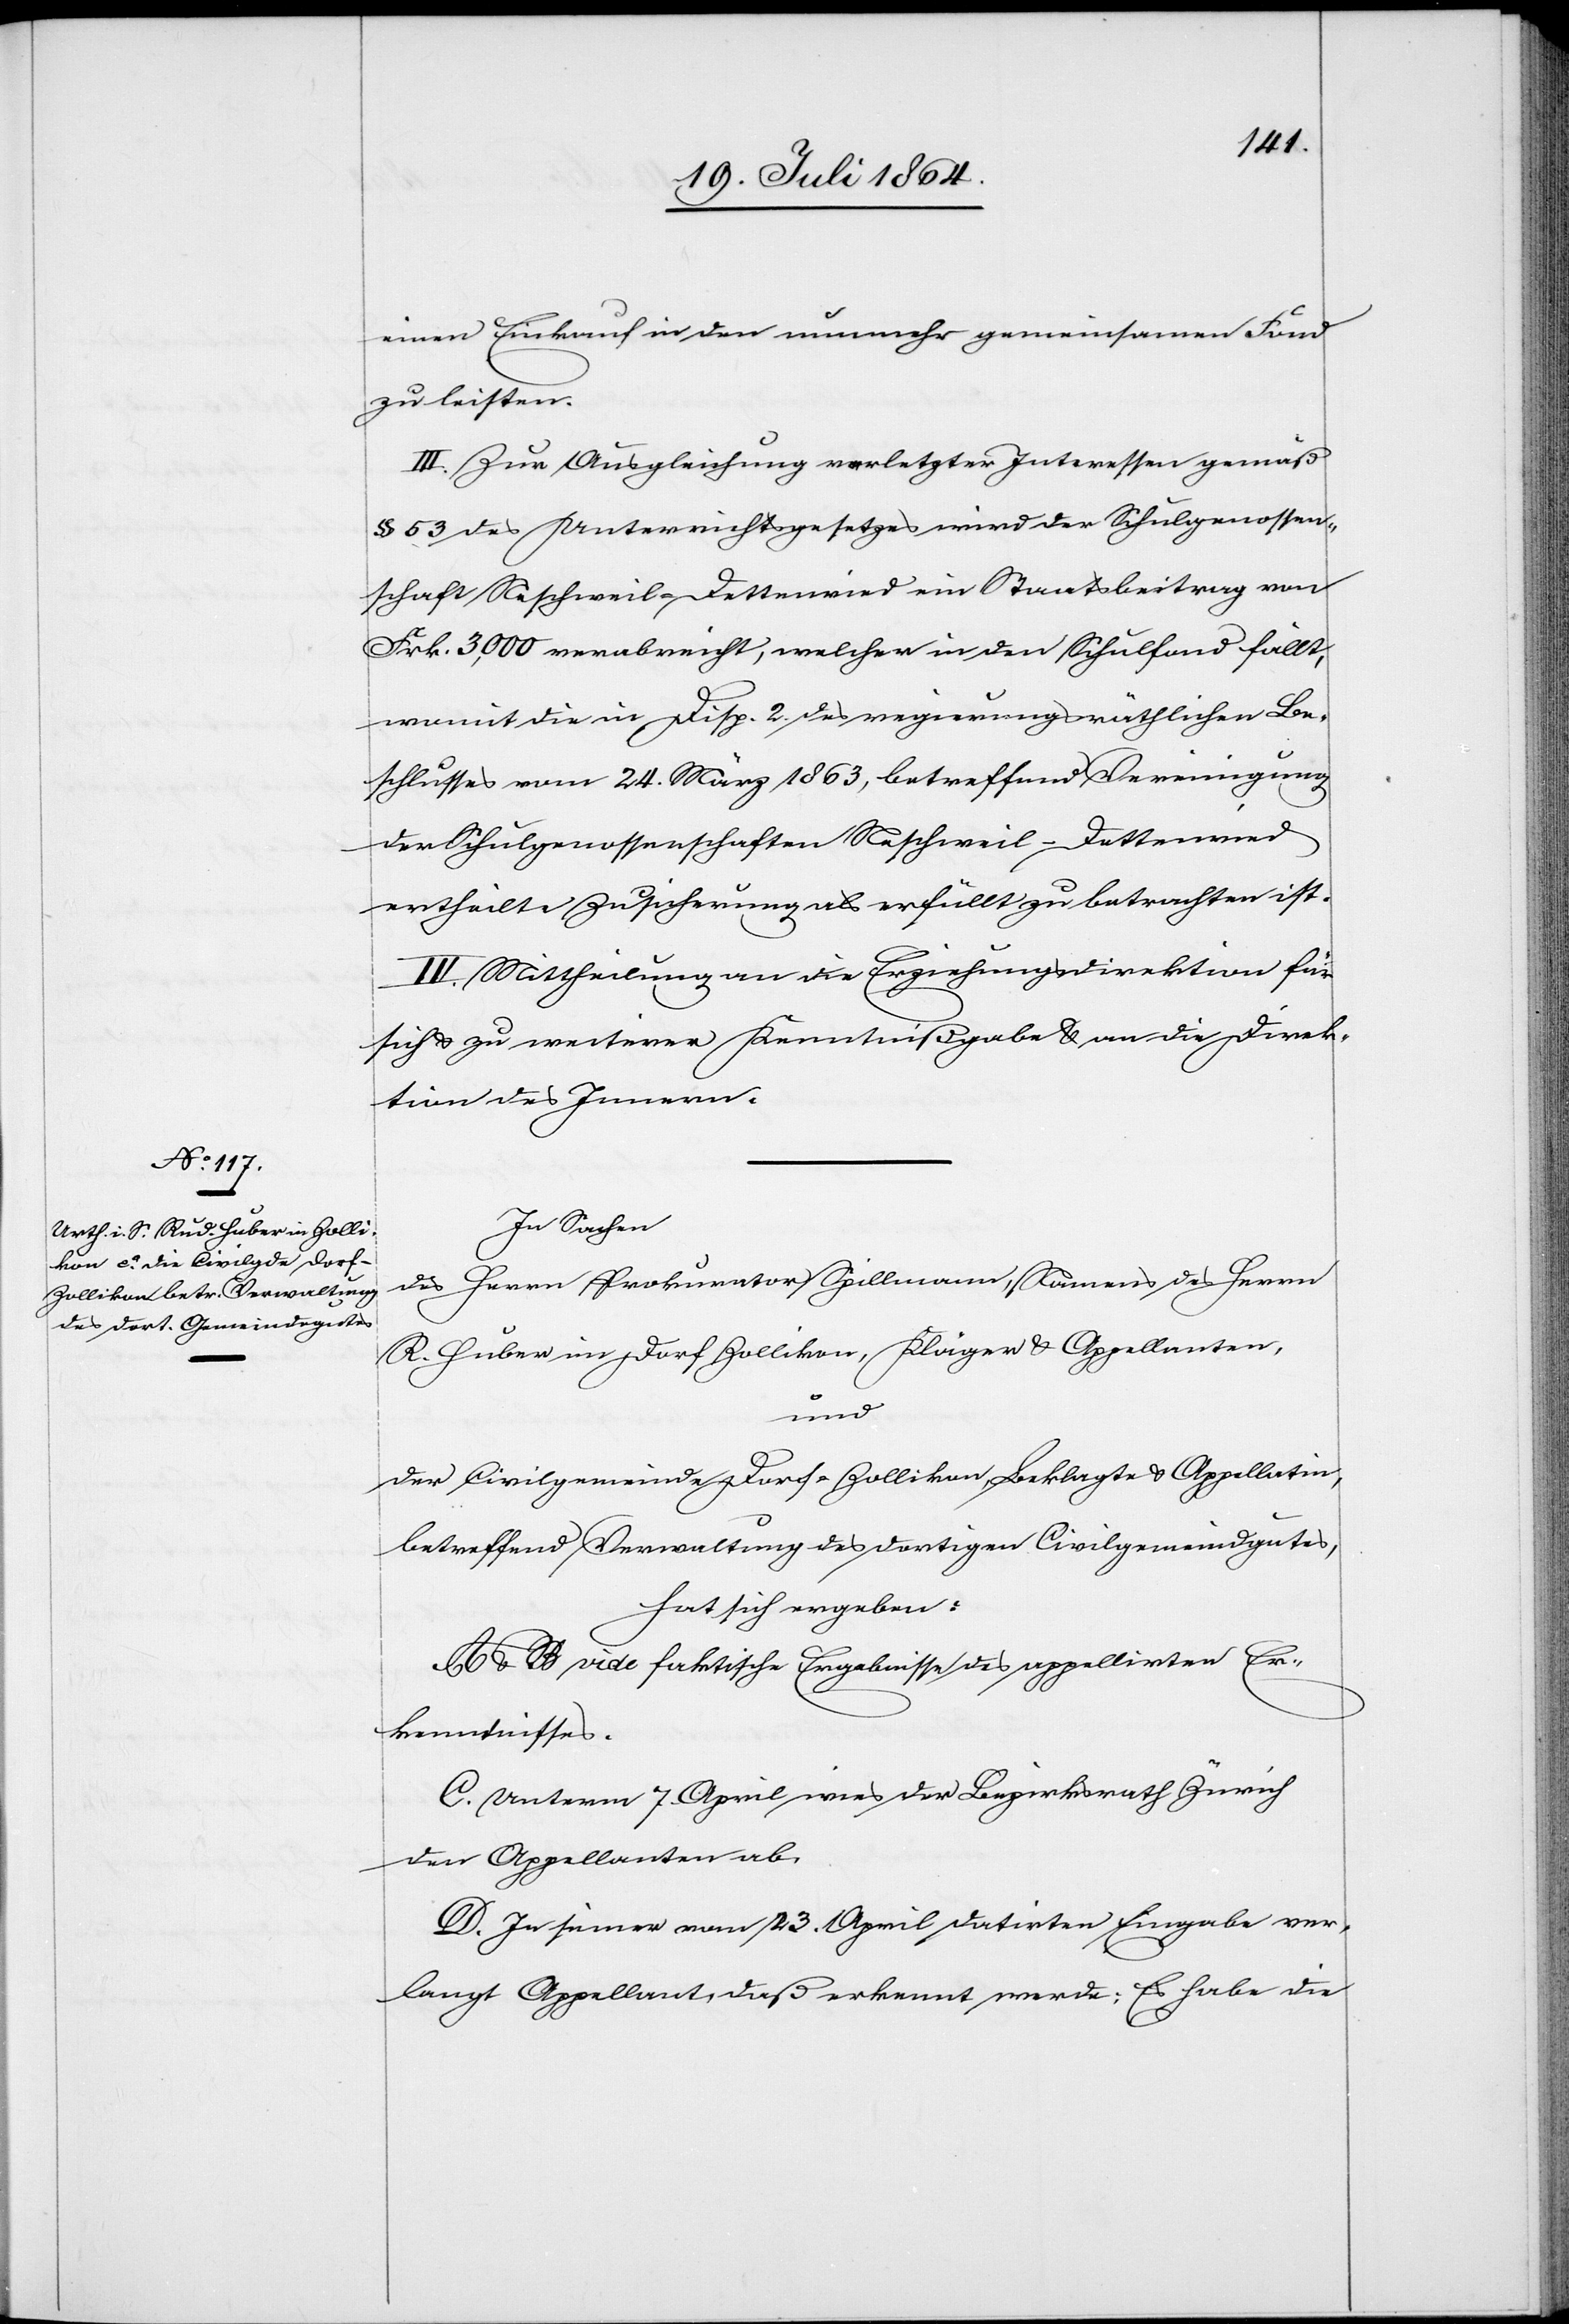
einen Einkauf in den nunmehr gemeinsamen Fond
zu leisten.
III. Zur Ausgleichung verletzter Interessen gemäß
§ 53 des Unterrichtsgesetzes wird der Schulgenossen¬
schaft Neschweil-Dettenried ein Staatsbeitrag von
Frk. 3,000 verabreicht, welcher in den Schulfond fällt,
womit die in Disp. 2. des regierungsräthlichen Be¬
schlusses vom 24. März 1863, betreffend Vereinigung
der Schulgenossenschaften Neschweil-Dettenried
ertheilte Zusicherung als erfüllt zu betrachten ist.
IV. Mittheilung an die Erziehungsdirektion für
sich u. zu weiterer Kenntnißgabe u. an die Direk¬
tion des Innern.
In Sachen
des Herrn Prokurator Spillmann, Namens des Herrn
R. Huber in Dorf Zollikon, Kläger u. Appellanten,
und
der Civilgemeinde Dorf-Zollikon, Beklagte u. Appellatin,
betreffend Verwaltung des dortigen Civilgemeindgutes,
hat sich ergeben:
A. u. B. vide faktische Ergebnisse des appellirten Er¬
kenntnisses.
C. Unterm 7. April wies der Bezirksrath Zürich
den Appellanten ab.
D. In seiner vom 23. April datirten Eingabe ver¬
langt Appellant, daß erkennt werde: [a.] Es habe die